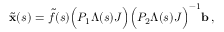
\tilde { \mathbf { x } } ( s ) = \tilde { f } ( s ) \Big ( P _ { 1 } \Lambda ( s ) J \Big ) \Big ( P _ { 2 } \Lambda ( s ) J \Big ) ^ { - 1 } \mathbf { b } \, ,